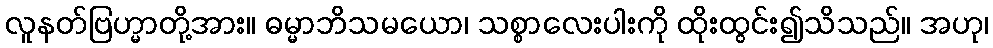
လူနတ်ဗြဟ္မာတို့အား။ ဓမ္မာဘိသမယော၊ သစ္စာလေးပါးကို ထိုးထွင်း၍သိသည်။ အဟု၊